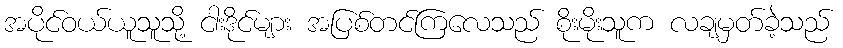
အပိုင်ဝယ်ယူသူသို့ ငါးဒိုင်များ အပြစ်တင်ကြလေသည် စိုးမိုးသူက လချမှတ်ခဲ့သည်